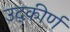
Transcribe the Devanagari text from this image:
उद्कीर्ण